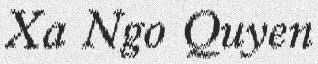
Xa Ngo Quyen